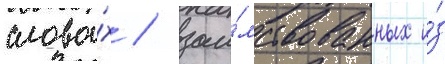
слова́х / заи́мствованных и́з